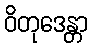
ဝိတုဒေန္တာ